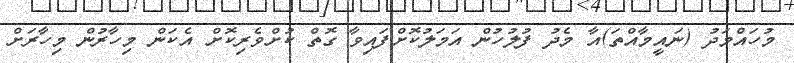
މުހައްމަދު (ނައީމާއްތަ)އާ މެދު ފުލުހުން އަމަލުކޮށްފައިވާ ގޮތް ކުށްވެރިކޮށް އެކަން މިހާރުން މިހާރަށް